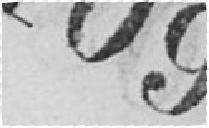
109